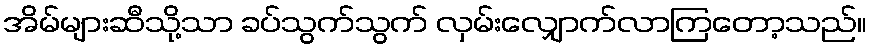
အိမ်များဆီသို့သာ ခပ်သွက်သွက် လှမ်းလျှောက်လာကြတော့သည်။